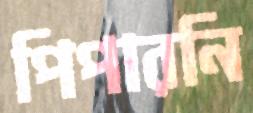
পিপারনি